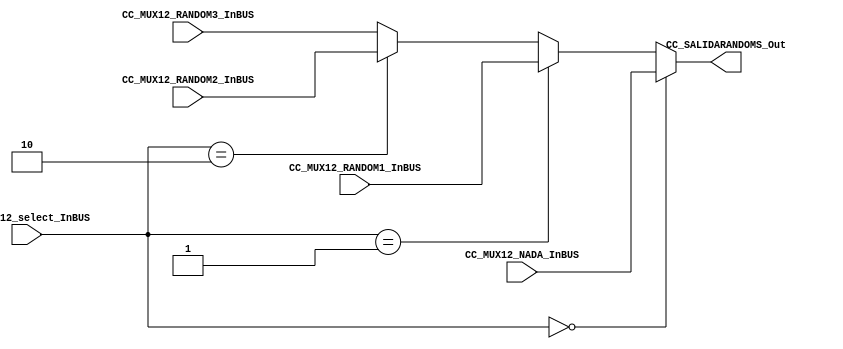
/*######################################################################
//#	G0B1T: HDL EXAMPLES. 2018.
//######################################################################
//# Copyright (C) 2018. F.E.Segura-Quijano (FES) fsegura@uniandes.edu.co
//# 
//# This program is free software: you can redistribute it and/or modify
//# it under the terms of the GNU General Public License as published by
//# the Free Software Foundation, version 3 of the License.
//#
//# This program is distributed in the hope that it will be useful,
//# but WITHOUT ANY WARRANTY; without even the implied warranty of
//# MERCHANTABILITY or FITNESS FOR A PARTICULAR PURPOSE.  See the
//# GNU General Public License for more details.
//#
//# You should have received a copy of the GNU General Public License
//# along with this program.  If not, see <http://www.gnu.org/licenses/>
//####################################################################*/
///Q=======================================================
//  MODULE Definition
//=======================================================
module CC_MUX12 #(parameter MUX12_SELECTWIDTH=2,parameter MUX12_NADAWIDTH=8, parameter MUX12_RANDOM1WIDTH=8, parameter MUX12_RANDOM2WIDTH=8, parameter MUX12_RANDOM3WIDTH=8 )(
//////////// OUTPUTS //////////
	CC_SALIDARANDOMS_Out,
//////////// INPUTS //////////
	CC_MUX12_select_InBUS,
	CC_MUX12_NADA_InBUS,
	CC_MUX12_RANDOM1_InBUS,
	CC_MUX12_RANDOM2_InBUS,
	CC_MUX12_RANDOM3_InBUS
);
//=======================================================
//  PARAMETER declarations
//=======================================================

//=======================================================
//  PORT declarations
//=======================================================
output	reg [MUX12_NADAWIDTH-1:0]CC_SALIDARANDOMS_Out;
input 	[MUX12_SELECTWIDTH-1:0] CC_MUX12_select_InBUS;
input 	[MUX12_NADAWIDTH-1:0] CC_MUX12_NADA_InBUS;
input 	[MUX12_RANDOM1WIDTH-1:0] CC_MUX12_RANDOM1_InBUS;
input 	[MUX12_RANDOM2WIDTH-1:0] CC_MUX12_RANDOM2_InBUS;
input 	[MUX12_RANDOM3WIDTH-1:0] CC_MUX12_RANDOM3_InBUS;
//=======================================================Q/
///A=======================================================
//  REG/WIRE declarations
//=======================================================

//=======================================================
//  Structural coding
//=======================================================
always @(*)
begin
   if( CC_MUX12_select_InBUS == 0)
      CC_SALIDARANDOMS_Out = CC_MUX12_NADA_InBUS;
   else if( CC_MUX12_select_InBUS == 1)
      CC_SALIDARANDOMS_Out = CC_MUX12_RANDOM1_InBUS;
   else if( CC_MUX12_select_InBUS == 2)
      CC_SALIDARANDOMS_Out = CC_MUX12_RANDOM2_InBUS;
   else //if( CC_MUX12_select_InBUS == 3)
      CC_SALIDARANDOMS_Out = CC_MUX12_RANDOM3_InBUS;
end

endmodule